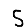
Digit: 5